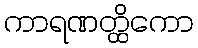
ကာရဏတ္ထိကော